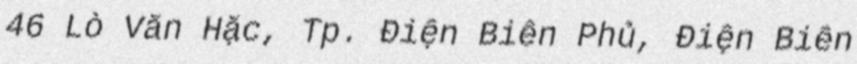
46 Lò Văn Hặc, Tp. Điện Biên Phủ, Điện Biên